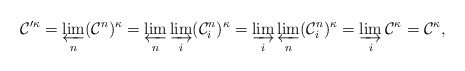
\begin{align*}\mathcal C'^\kappa = \varprojlim_n (\mathcal C^n)^\kappa = \varprojlim_n \varinjlim_i (\mathcal C_i^n)^\kappa = \varinjlim_i \varprojlim_n (\mathcal C_i^n)^\kappa = \varinjlim_i \mathcal C^\kappa = \mathcal C^\kappa,\end{align*}